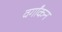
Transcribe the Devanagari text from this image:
वर्गांकन